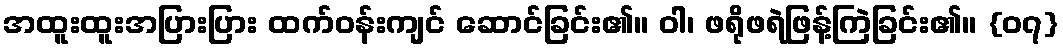
အထူးထူးအပြားပြား ထက်ဝန်းကျင် ဆောင်ခြင်း၏။ ဝါ၊ ဖရိုဖရဲဖြန့်ကြဲခြင်း၏။ {၀၇}